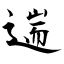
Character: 遄